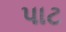
પાટ